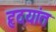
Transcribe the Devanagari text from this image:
हृदयांत